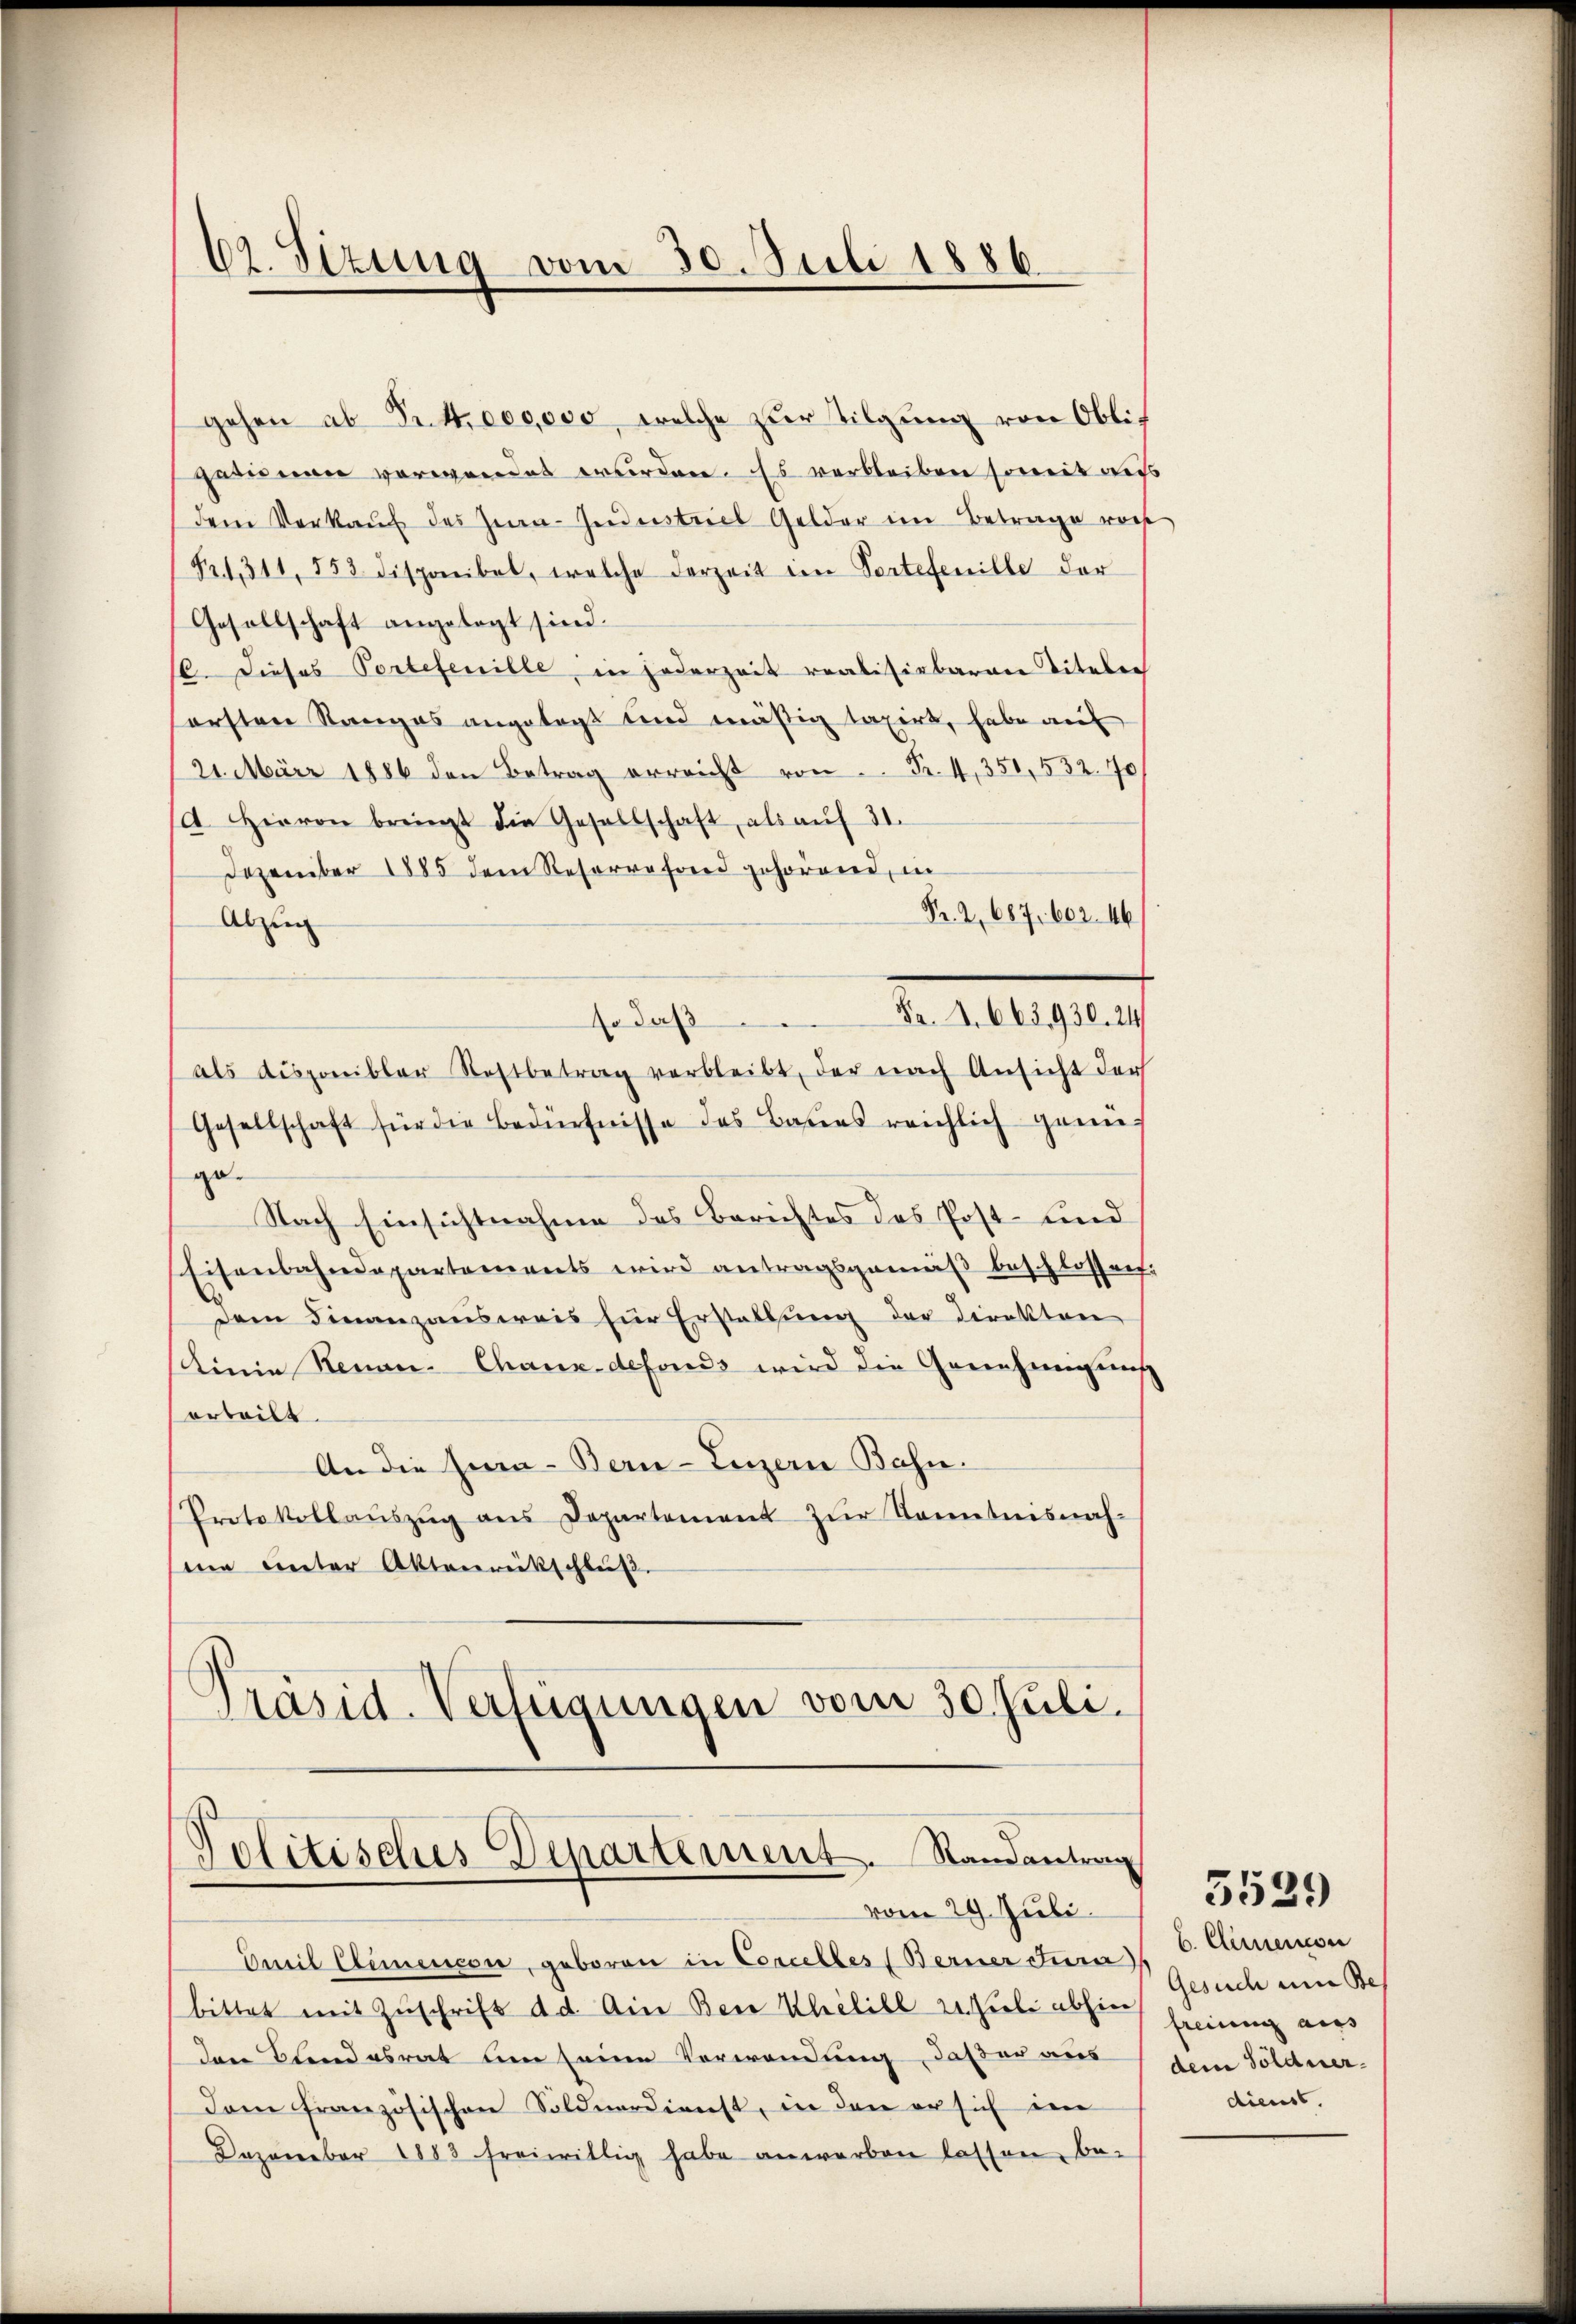
62. Sizung vom 30. Juli 1886.

gehen ab Fr. 4000000, welche zur Tilgung von Obli
garinen verwendet wurden. Es verbleiben somit aus
dem Verkaŭf des Zia- Industriel Gelder im Betrage vorst
Fr. 1311, 553 disponibel, welche derzeit im Portefenille der
Gesellschaft angelegt sind.
/6. Dieses Portefenille, in jederzeit realisierbaran Titeler
ersten Stanges angetagt und mäßig taxirt, habe auf
21. März 1886 den Betrag erreicht von Fr. 4, 350, 532. 70
. Hievon bringt die Gesellschaft als aŭf 31.
Dezember 1885 dem Resorreford gehörend, in
Fr. 2, 687. 602. 46
Abzug
d. M. gen
so daß
als disponibler Rostbetrag verbleibt, der nach Ansicht der
Gesellschaft für die Bedürfnisse des Baues reichlich genü-
ge¬
Nach Einsichtnahme des Berichtes das Post- und
Eisenbahndepartements wird antragsgemäß beschlossen:
Dem Finanzausweis für Erstellung der Direkton
Linie Renau-Chaux-defonds wird die Genehmigung
erteilt.
An die Hera- Bern-Luzern Bahn.
Protokollauszug aus Departement zur Kenntnisnahsene unter Aktenrückschluß
Präsid-Verfügungen vom 30. Juli.

Politisches Departement. Randantrag
vom 29. Juli.

Emil Elemencon, geboren in Concelles (Berner Jura) C. Armenon
bittet mit Zŭschrift d. d. Ain Bei Khélill zu subi abhin heinung ver
den Blandesrat den seine Verwendung, daß er aus
Dam französischen Söldnerdienst, in den er sich im
Dezember 1883 freiwillig habe anworben lassen, be-

Gesuch um Bes
dem Söldner
dienst.

5529